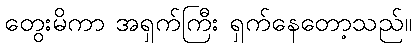
တွေးမိကာ အရှက်ကြီး ရှက်နေတော့သည်။